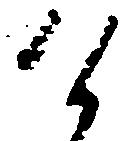
け